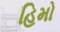
હિમો